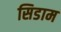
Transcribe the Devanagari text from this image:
सिडाम